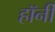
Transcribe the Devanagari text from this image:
हॉर्नी